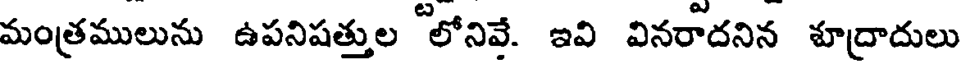
మంత్రములును ఉపనిషత్తుల "లోనివే. ఇవి వినరాదనిన శూద్రాదులు